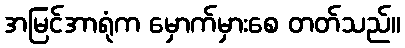
အမြင်အာရုံက မှောက်မှားစေ တတ်သည်။